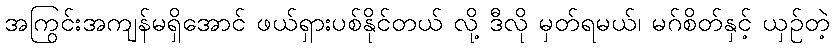
အကြွင်းအကျန်မရှိအောင် ဖယ်ရှားပစ်နိုင်တယ် လို့ ဒီလို မှတ်ရမယ်၊ မဂ်စိတ်နှင့် ယှဉ်တဲ့